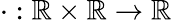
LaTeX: \cdot:\mathbb{R}\times\mathbb{R}\to\mathbb{R}